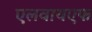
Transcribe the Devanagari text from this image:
एलवायएफ